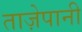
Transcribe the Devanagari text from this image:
ताज़ेपानी